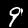
Label: 9